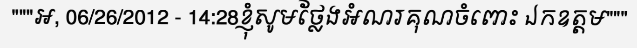
"""អ, 06/26/2012 - 14:28ខ្ញុំសូមថ្លែងអំណរគុណចំពោះ ឯកឧត្តម"""